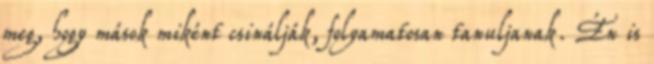
meg, hogy mások miként csinálják, folyamatosan tanuljanak. Én is